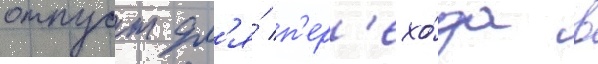
отпуст дл'я́ п'ер'ехо́да в